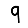
Digit: 9